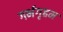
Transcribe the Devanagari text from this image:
गर्भगृहम